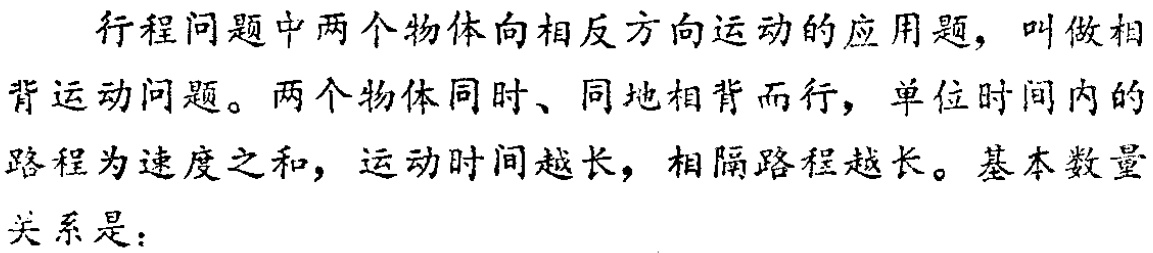
行程问题中两个物体向相反方向运动的应用题，叫做相背运动问题。两个物体同时、同地相背而行，单位时间内的路程为速度之和，运动时间越长，相隔路程越长。基本数量关系是：